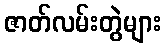
ဇာတ်လမ်းတွဲများ